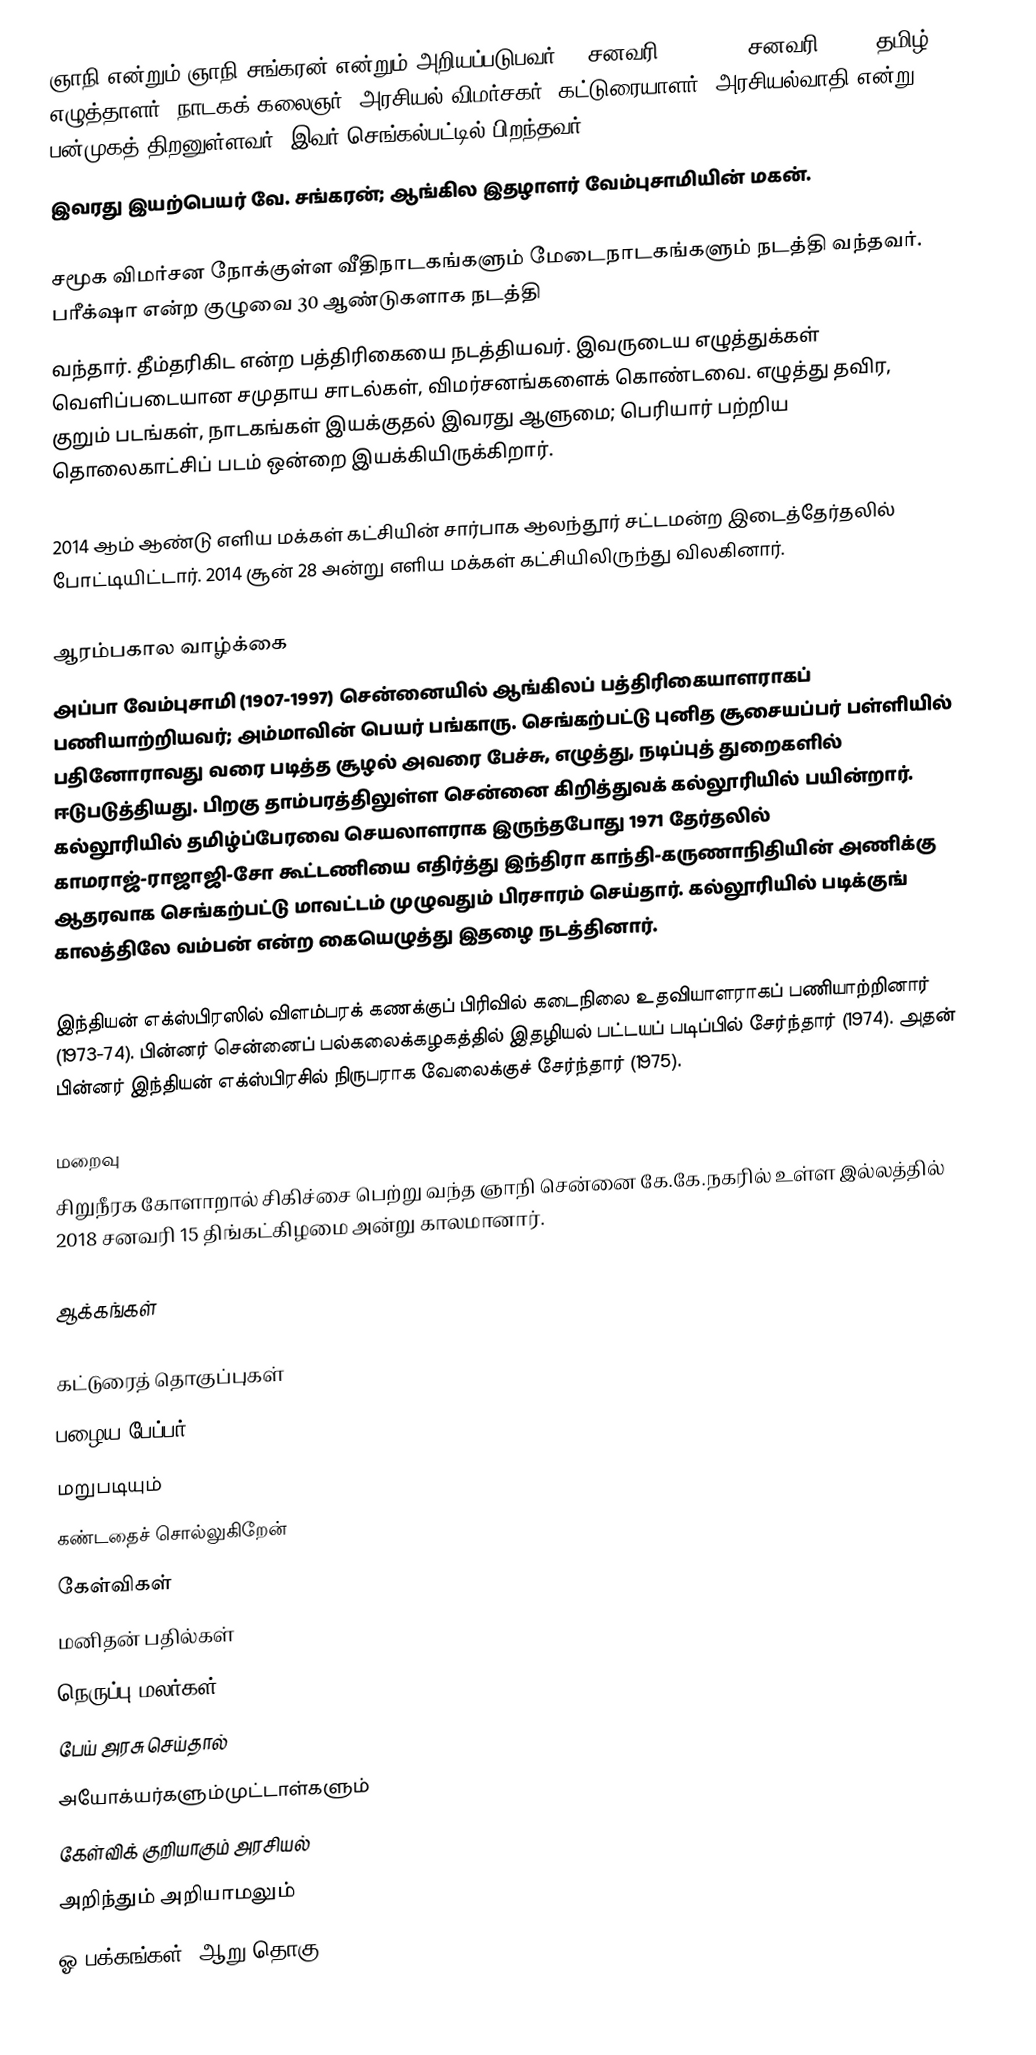
ஞாநி என்றும் ஞாநி சங்கரன் என்றும் அறியப்படுபவர் (4 சனவரி 1954 - 15 சனவரி 2018) தமிழ் எழுத்தாளர், நாடகக் கலைஞர், அரசியல் விமர்சகர், கட்டுரையாளர், அரசியல்வாதி என்று பன்முகத் திறனுள்ளவர். இவர் செங்கல்பட்டில் பிறந்தவர்;
இவரது இயற்பெயர் வே. சங்கரன்; ஆங்கில இதழாளர் வேம்புசாமியின் மகன்.

சமூக விமர்சன நோக்குள்ள வீதிநாடகங்களும் மேடைநாடகங்களும் நடத்தி வந்தவர். பரீக்‌ஷா என்ற குழுவை 30 ஆண்டுகளாக நடத்தி
வந்தார். தீம்தரிகிட என்ற பத்திரிகையை நடத்தியவர். இவருடைய எழுத்துக்கள் வெளிப்படையான சமுதாய சாடல்கள், விமர்சனங்களைக் கொண்டவை.  எழுத்து தவிர, குறும் படங்கள், நாடகங்கள் இயக்குதல் இவரது ஆளுமை; பெரியார் பற்றிய தொலைகாட்சிப் படம் ஒன்றை இயக்கியிருக்கிறார்.

2014 ஆம் ஆண்டு எளிய மக்கள் கட்சியின் சார்பாக ஆலந்தூர் சட்டமன்ற இடைத்தேர்தலில் போட்டியிட்டார். 2014 சூன் 28 அன்று எளிய மக்கள் கட்சியிலிருந்து விலகினார்.

ஆரம்பகால வாழ்க்கை
அப்பா வேம்புசாமி (1907-1997) சென்னையில் ஆங்கிலப் பத்திரிகையாளராகப் பணியாற்றியவர்; அம்மாவின் பெயர் பங்காரு. செங்கற்பட்டு புனித சூசையப்பர் பள்ளியில் பதினோராவது வரை படித்த சூழல் அவரை பேச்சு, எழுத்து, நடிப்புத் துறைகளில் ஈடுபடுத்தியது. பிறகு தாம்பரத்திலுள்ள சென்னை கிறித்துவக் கல்லூரியில் பயின்றார். கல்லூரியில் தமிழ்ப்பேரவை செயலாளராக இருந்தபோது 1971 தேர்தலில் காமராஜ்-ராஜாஜி-சோ கூட்டணியை எதிர்த்து இந்திரா காந்தி-கருணாநிதியின் அணிக்கு ஆதரவாக செங்கற்பட்டு மாவட்டம் முழுவதும் பிரசாரம் செய்தார். கல்லூரியில் படிக்குங் காலத்திலே வம்பன் என்ற கையெழுத்து இதழை நடத்தினார்.

இந்தியன் எக்ஸ்பிரஸில் விளம்பரக் கணக்குப் பிரிவில் கடைநிலை உதவியாளராகப் பணியாற்றினார் (1973-74). பின்னர் சென்னைப் பல்கலைக்கழகத்தில் இதழியல் பட்டயப் படிப்பில் சேர்ந்தார் (1974). அதன் பின்னர் இந்தியன் எக்ஸ்பிரசில் நிருபராக வேலைக்குச் சேர்ந்தார் (1975).

மறைவு
சிறுநீரக கோளாறால் சிகிச்சை பெற்று வந்த ஞாநி சென்னை கே.கே.நகரில் உள்ள இல்லத்தில் 2018 சனவரி 15 திங்கட்கிழமை அன்று  காலமானார்.

ஆக்கங்கள்

கட்டுரைத் தொகுப்புகள்
பழைய பேப்பர்
மறுபடியும்
கண்டதைச் சொல்லுகிறேன்
கேள்விகள்
மனிதன் பதில்கள்
நெருப்பு மலர்கள்
பேய் அரசு செய்தால்
அயோக்யர்களும்முட்டாள்களும்
கேள்விக் குறியாகும் அரசியல்
அறிந்தும் அறியாமலும்
ஓ பக்கங்கள் (ஆறு தொகு